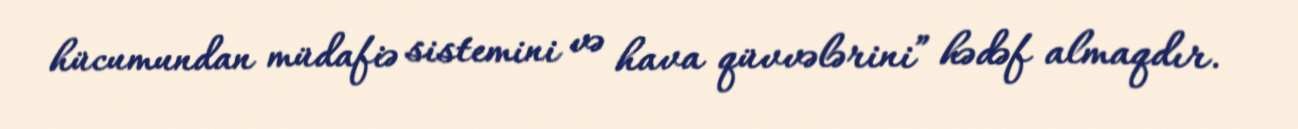
hücumundan müdafiə sistemini və hava qüvvələrini” hədəf almaqdır.